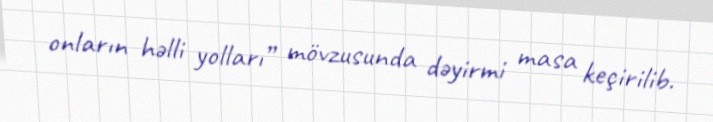
onların həlli yolları” mövzusunda dəyirmi masa keçirilib.